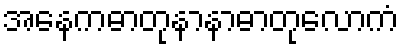
အနေကဓာတုနာနာဓာတုလောကံ